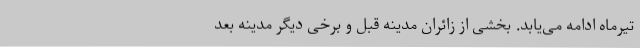
تیرماه ادامه می‌یابد. بخشی از زائران مدینه قبل و برخی دیگر مدینه بعد